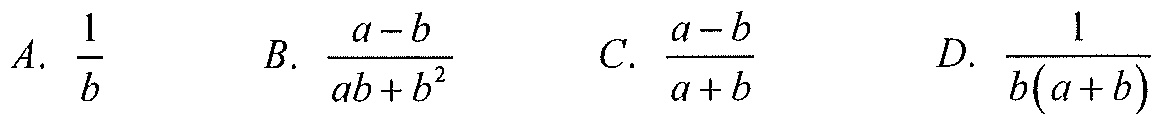
A. \(\frac{1}{b}\)  B. \(\frac{a - b}{ab + b^{2}}\)  C. \(\frac{a - b}{a + b}\)  D. \(\frac{1}{b(a + b)}\)